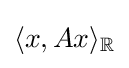
\langle x,Ax\rangle _{\mathbb {R} }